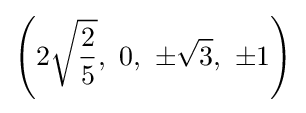
\left(2{\sqrt {\frac {2}{5}}},\ 0,\ \pm {\sqrt {3}},\ \pm 1\right)